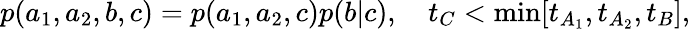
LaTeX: \begin{array}{r}{p(a_{1},a_{2},b,c)=p(a_{1},a_{2},c)p(b|c),\quad t_{C}<\mathrm{min}[t_{A_{1}},t_{A_{2}},t_{B}],}\end{array}